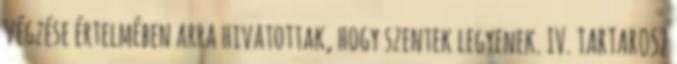
végzése értelmében arra hivatottak, hogy szentek legyenek. IV. TARTAROSZ